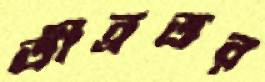
তীব্রতর